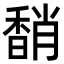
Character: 𩡈